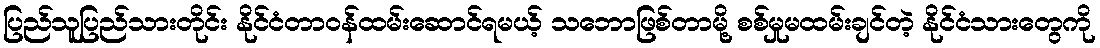
ပြည်သူပြည်သားတိုင်း နိုင်ငံတာဝန်ထမ်းဆောင်ရမယ့် သဘောဖြစ်တာမို့ စစ်မှုမထမ်းချင်တဲ့ နိုင်ငံသားတွေကို